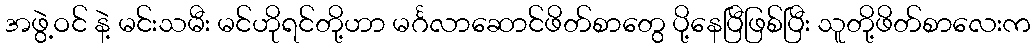
အဖွဲ့ဝင် နဲ့ မင်းသမီး မင်ဟိုရင်တို့ဟာ မင်္ဂလာဆောင်ဖိတ်စာတွေ ပို့နေပြီဖြစ်ပြီး သူတို့ဖိတ်စာလေးက